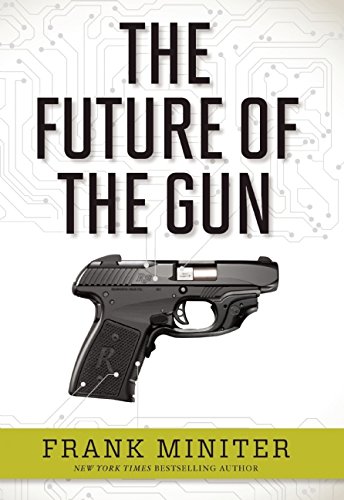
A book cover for The Future of the Gun; Frank Miniter; Crafts, Hobbies & Home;